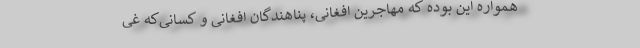
همواره این بوده که مهاجرین افغانی، پناهندگان افغانی و کسانی‌که غی